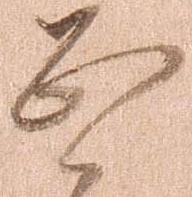
恐